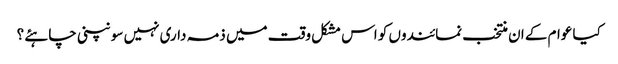
کیا عوام کے ان منتخب نمائندوں کو اس مشکل وقت میں ذمہ داری نہیں سونپنی چاہئے ؟